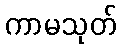
ကာမသုတ်